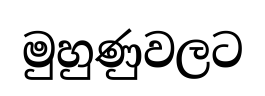
මුහුණුවලට